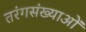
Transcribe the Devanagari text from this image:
तरंगसंख्याओं